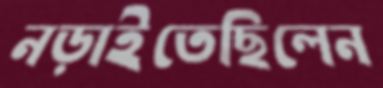
নড়াইতেছিলেন